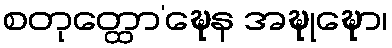
စတုတ္ထော’ဍ္ဎေန အဍ္ဎုဍ္ဎော၊